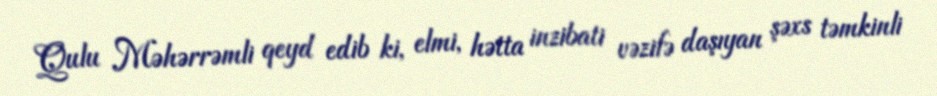
Qulu Məhərrəmli qeyd edib ki, elmi, hətta inzibati vəzifə daşıyan şəxs təmkinli